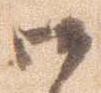
御